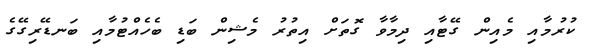
ކުރުމާއި މެއިން ގޭޓާއި ދިމާވާ ގޮތަށް އިތުރު މެޝިން ބަޑި ބެހެއްޓުމާއި ބަނޑޭރިގޭގެ